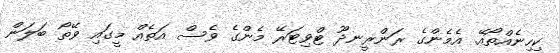
ކިހިނެއްތޯއޭ. އެމެންގެ ރަންރީނދޫ ޓްވިޓަރޭ މެންގެ ވެސް އަތެއް މީގައި ވޭތޯ ބަލަން